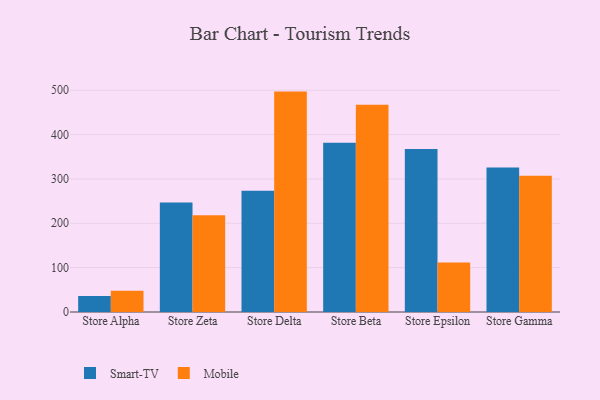
{"axis": {"x": "Store", "y": "Website Visitors"}, "legend": ["Mobile", "Smart-TV"], "data": [{"x": "Store Alpha", "y": 35.9, "type": "Smart-TV"}, {"x": "Store Alpha", "y": 47.8, "type": "Mobile"}, {"x": "Store Zeta", "y": 246.8, "type": "Smart-TV"}, {"x": "Store Zeta", "y": 217.9, "type": "Mobile"}, {"x": "Store Delta", "y": 273.3, "type": "Smart-TV"}, {"x": "Store Delta", "y": 496.9, "type": "Mobile"}, {"x": "Store Beta", "y": 381.5, "type": "Smart-TV"}, {"x": "Store Beta", "y": 467.1, "type": "Mobile"}, {"x": "Store Epsilon", "y": 367.3, "type": "Smart-TV"}, {"x": "Store Epsilon", "y": 111.7, "type": "Mobile"}, {"x": "Store Gamma", "y": 325.7, "type": "Smart-TV"}, {"x": "Store Gamma", "y": 307.3, "type": "Mobile"}]}